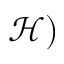
\mathcal { H } )